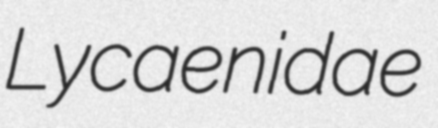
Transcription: Lycaenidae